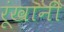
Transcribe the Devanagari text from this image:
रूंखानी